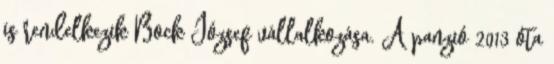
is rendelkezik Bock József vállalkozása. A panzió 2013 óta